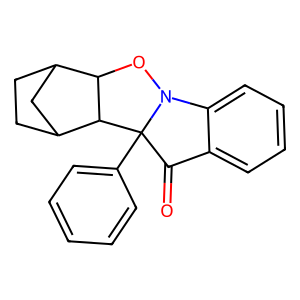
SMILES: O=C1c2ccccc2N2OC3C4CCC(C4)C3C12c1ccccc1
Inhibits HIV replication: No